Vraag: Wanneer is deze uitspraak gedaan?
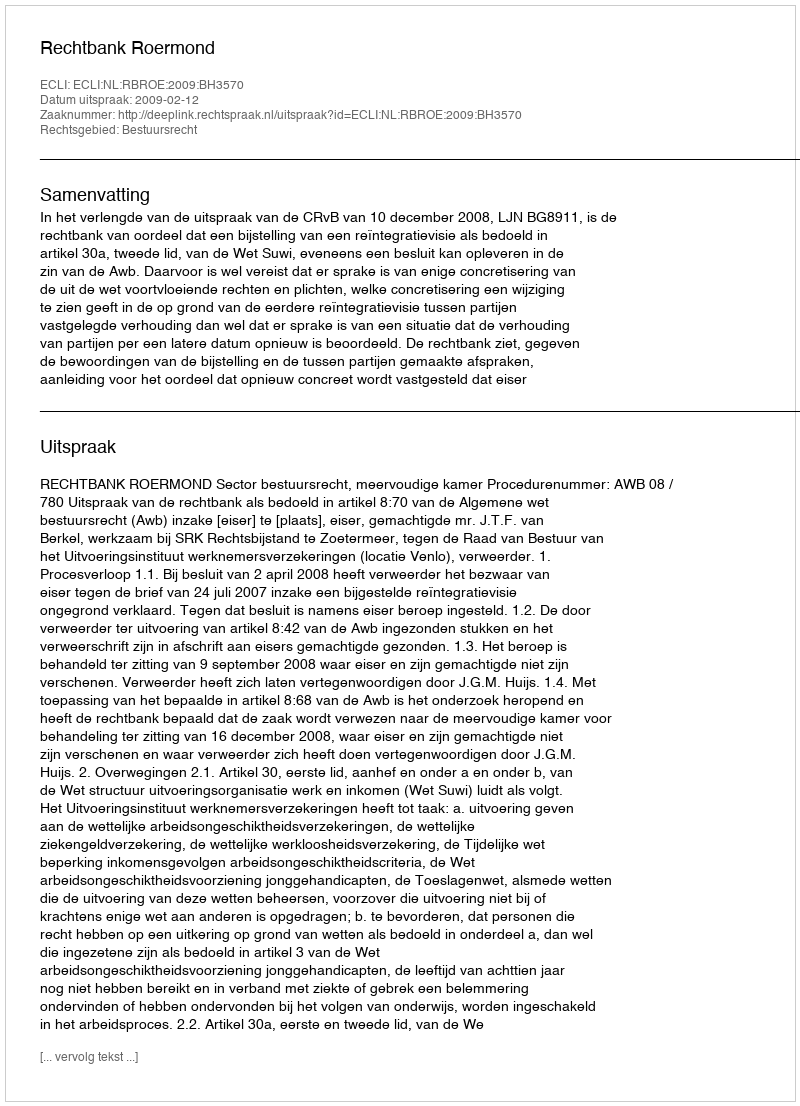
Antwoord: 2009-02-12